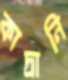
কাদ্রানি